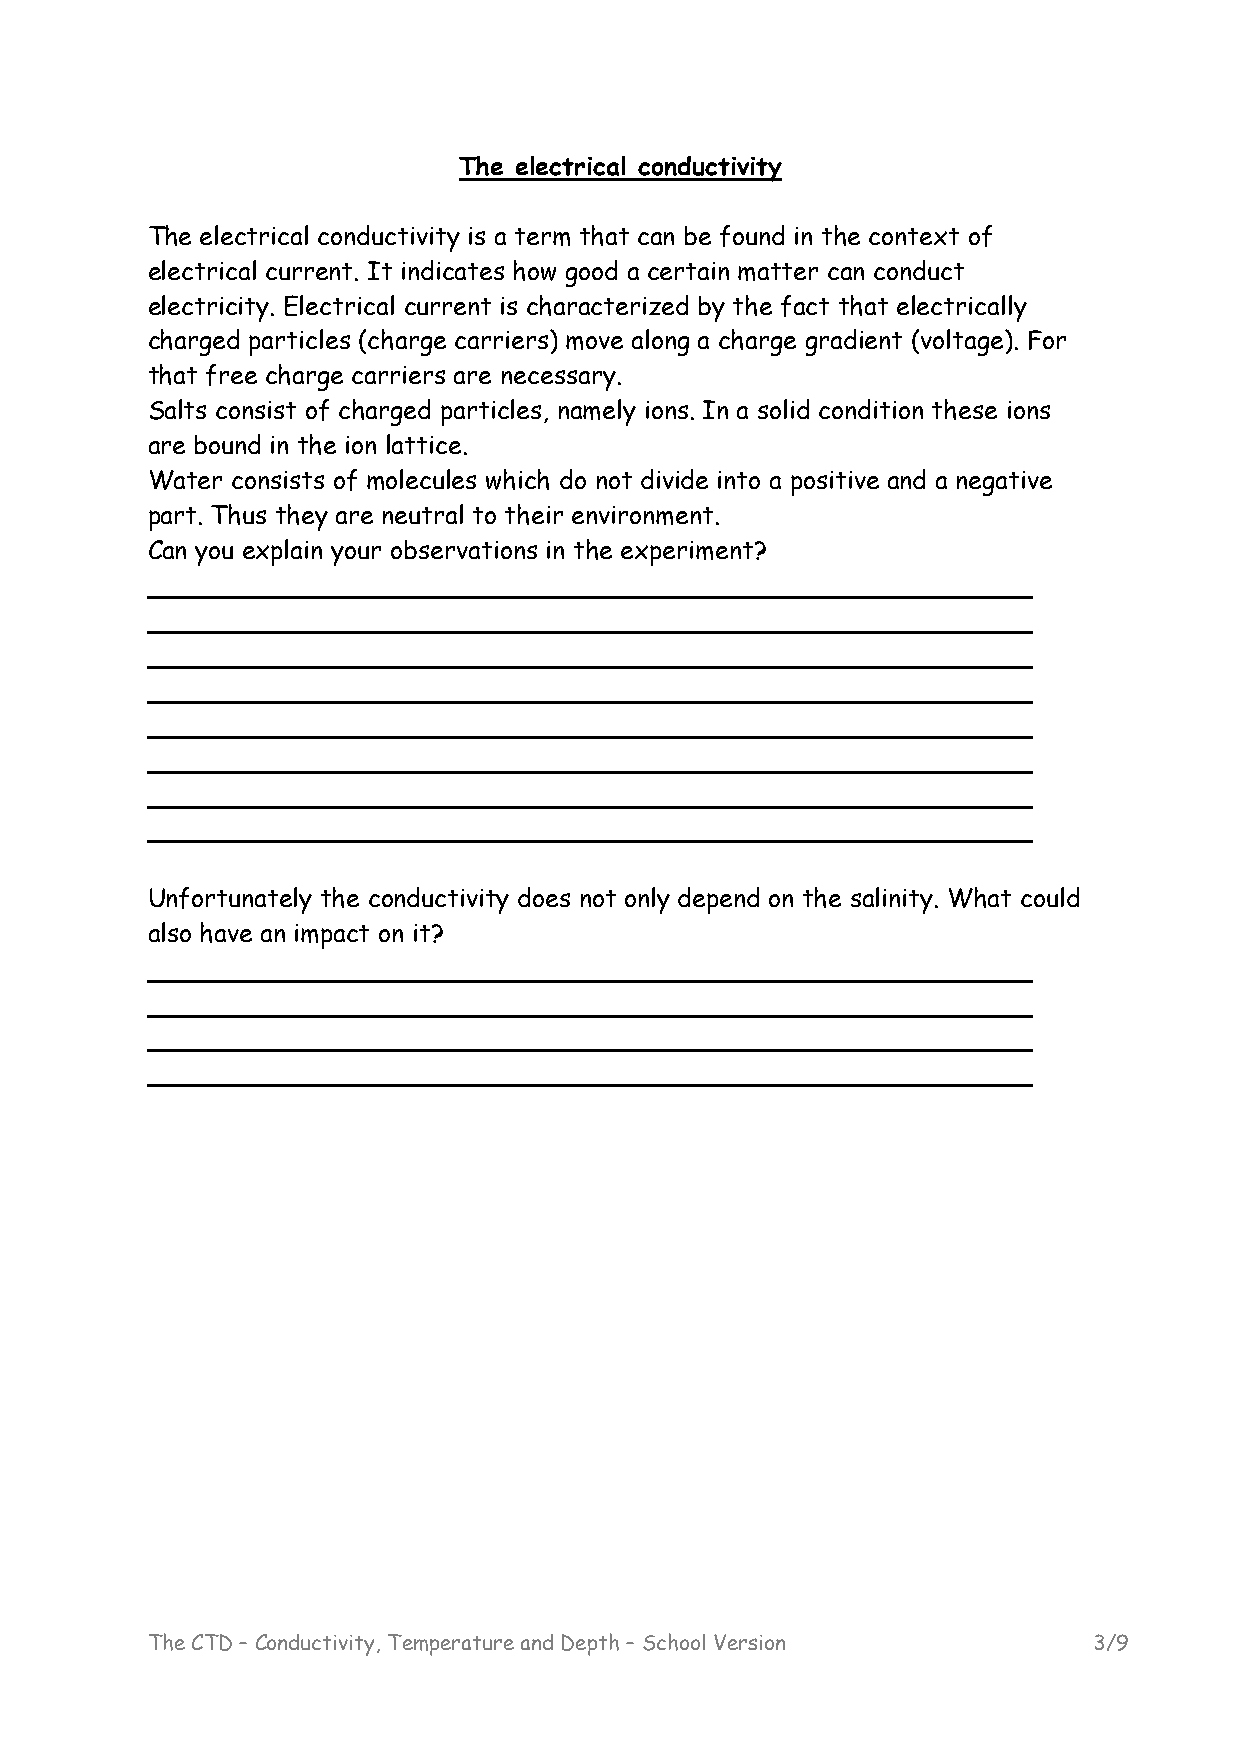
The electrical conductivity
 The electrical conductivity is a term that can be found in the context of
 electrical current. It indicates how good a certain matter can conduct
 electricity. Electrical current is characterized by the fact that electrically
 charged particles (charge carriers) move along a charge gradient (voltage). For
 that free charge carriers are necessary.
 Salts consist of charged particles, namely ions. In a solid condition these ions
 are bound in the ion lattice.
 Water consists of molecules which do not divide into a positive and a negative
 part. Thus they are neutral to their environment.
 Can you explain your observations in the experiment?
 Unfortunately the conductivity does not only depend on the salinity. What could
 also have an impact on it?
 The CTD – Conductivity, Temperature and Depth – School Version 3/9